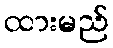
ထားမည်